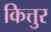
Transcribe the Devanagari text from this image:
कित्तुर